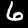
Digit: 6